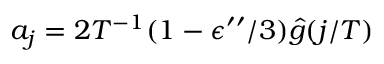
a _ { j } = 2 T ^ { - 1 } ( 1 - \epsilon ^ { \prime \prime } / 3 ) \hat { g } ( j / T )